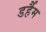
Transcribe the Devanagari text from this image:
डर्हैम